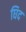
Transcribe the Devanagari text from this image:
घिद